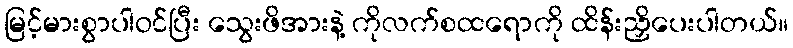
မြင့်မားစွာပါဝင်ပြီး သွေးဖိအားနဲ့ ကိုလက်စထရောကို ထိန်းညှိပေးပါတယ်။